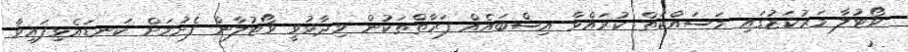
ވޯޓުލާ މަރުކަޒުގައި މަސައްކަތް ކުރައްވާ އިސްބައެއް ފަރާތްތަކުން ވިދާޅުވީ ވޯޓުލާން ފެށުމަށް ކަނޑައެޅިފައިވާ